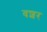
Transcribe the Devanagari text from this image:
वशर